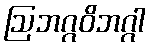
ဩဘဂ္ဂဝိဘဂ္ဂါ